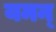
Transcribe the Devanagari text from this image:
यमन्